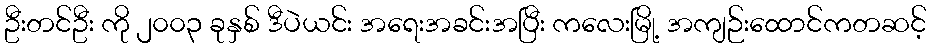
ဦးတင်ဦး ကို ၂၀၀၃ ခုနှစ် ဒီပဲယင်း အရေးအခင်းအပြီး ကလေးမြို့ အကျဉ်းထောင်ကတဆင့်